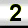
Digit: 2